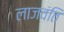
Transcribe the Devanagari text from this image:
लाजवंति